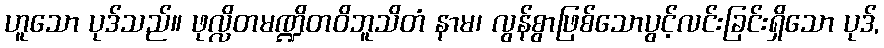
ဟူသော ပုဒ်သည်။ ဖုလ္လိတမဏ္ဍိတဝိဘူသိတံ နာမ၊ လွန်စွာဖြစ်သောပွင့်လင်းခြင်းရှိသော ပုဒ်,